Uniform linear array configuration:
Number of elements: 24
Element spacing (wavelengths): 1
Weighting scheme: kaiser
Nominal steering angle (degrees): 60
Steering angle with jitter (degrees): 58.351
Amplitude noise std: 0.05
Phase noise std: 0.05

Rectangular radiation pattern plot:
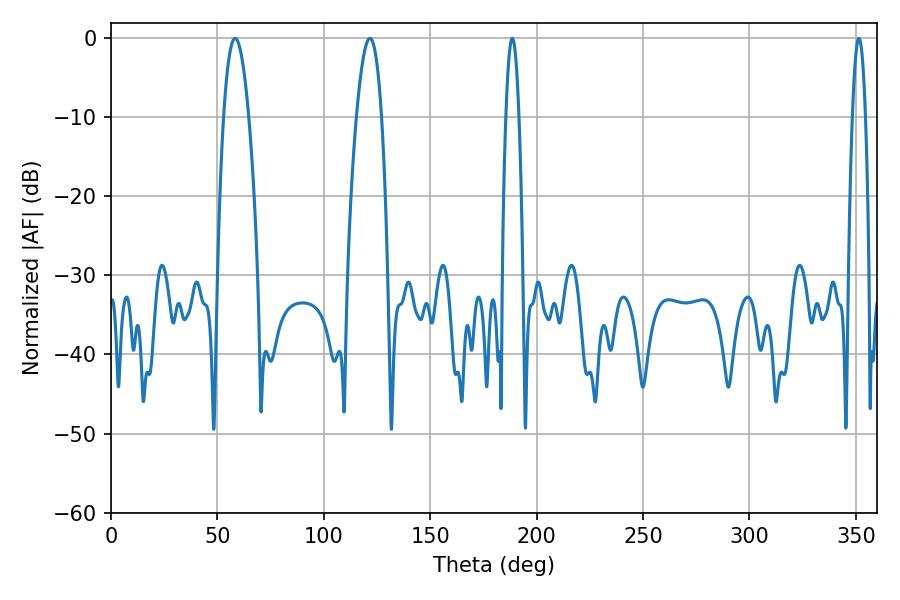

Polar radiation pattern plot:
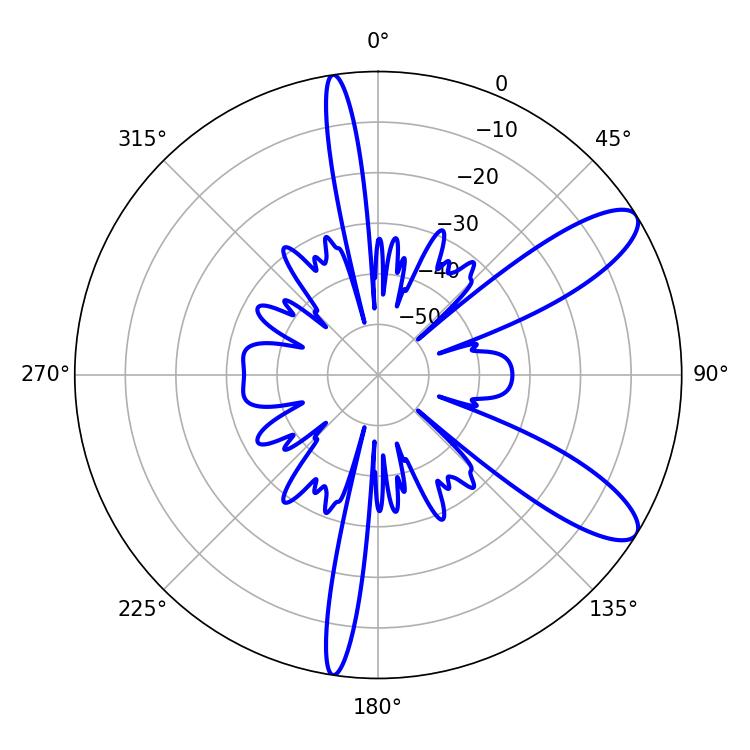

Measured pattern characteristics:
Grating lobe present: TRUE
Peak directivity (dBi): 10.25
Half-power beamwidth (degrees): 6.48
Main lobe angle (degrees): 58.32